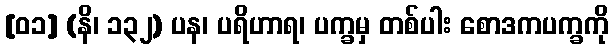
[၀၁] (နိ၊ ၁၃၂) ပန၊ ပရိဟာရ၊ ပက္ခမှ တစ်ပါး စောဒကပက္ခကို